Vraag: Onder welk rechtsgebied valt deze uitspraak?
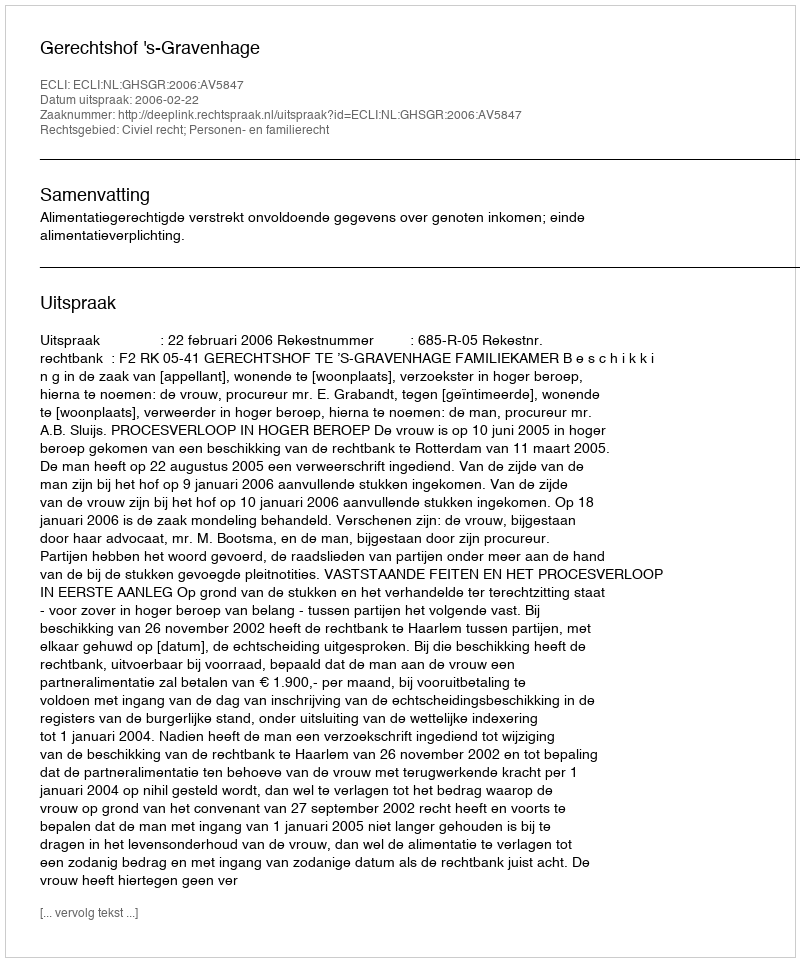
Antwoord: Civiel recht; Personen- en familierecht